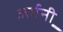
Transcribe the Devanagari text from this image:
जर्मनी़